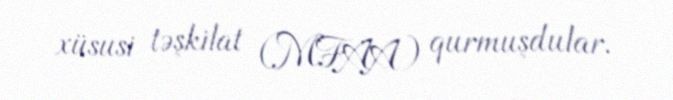
xüsusi təşkilat (MFAA) qurmuşdular.